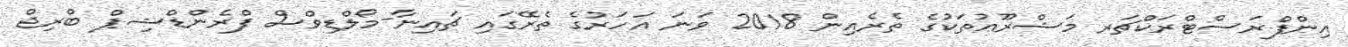
އިންފްރަސްޓްރަކްޗަރ މަޝްރޫޢުތަކުގެ ތެރެއިން 2018 ވަނަ އަހަރުގެ ތެރޭގައި ޗައިނާ-މޯލްޑިވްސް ފްރެންޑްޝިޕް ބްރިޖް